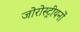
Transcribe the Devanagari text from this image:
जोरोस्ट्रीयनों